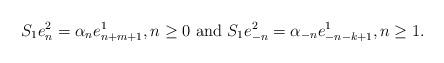
LaTeX: \begin{align*}S_1 e_n^2 = \alpha_n e_{n+m+1}^1, n \geq 0\,\,\mbox{and}\,\,S_1 e_{-n}^2 = \alpha_{-n} e_{-n-k+1}^1, n \geq 1.\end{align*}